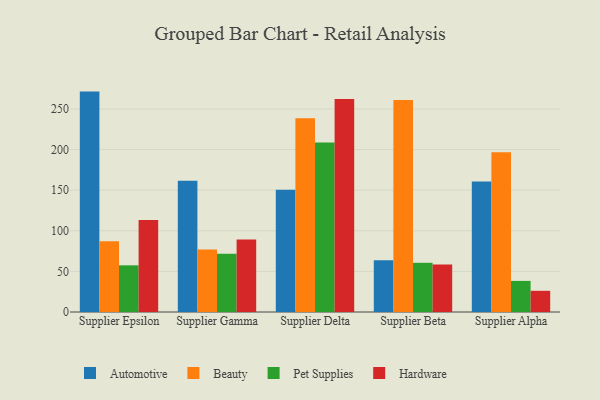
{"axis": {"x": "Supplier", "y": "Customer Acquisition Cost (USD)"}, "legend": ["Automotive", "Beauty", "Hardware", "Pet Supplies"], "data": [{"x": "Supplier Epsilon", "y": 271.4, "type": "Automotive"}, {"x": "Supplier Epsilon", "y": 87.2, "type": "Beauty"}, {"x": "Supplier Epsilon", "y": 57.5, "type": "Pet Supplies"}, {"x": "Supplier Epsilon", "y": 113.3, "type": "Hardware"}, {"x": "Supplier Gamma", "y": 161.6, "type": "Automotive"}, {"x": "Supplier Gamma", "y": 76.9, "type": "Beauty"}, {"x": "Supplier Gamma", "y": 71.6, "type": "Pet Supplies"}, {"x": "Supplier Gamma", "y": 89.4, "type": "Hardware"}, {"x": "Supplier Delta", "y": 150.5, "type": "Automotive"}, {"x": "Supplier Delta", "y": 238.5, "type": "Beauty"}, {"x": "Supplier Delta", "y": 208.8, "type": "Pet Supplies"}, {"x": "Supplier Delta", "y": 262.2, "type": "Hardware"}, {"x": "Supplier Beta", "y": 63.8, "type": "Automotive"}, {"x": "Supplier Beta", "y": 261.2, "type": "Beauty"}, {"x": "Supplier Beta", "y": 60.6, "type": "Pet Supplies"}, {"x": "Supplier Beta", "y": 58.5, "type": "Hardware"}, {"x": "Supplier Alpha", "y": 160.8, "type": "Automotive"}, {"x": "Supplier Alpha", "y": 196.8, "type": "Beauty"}, {"x": "Supplier Alpha", "y": 38.3, "type": "Pet Supplies"}, {"x": "Supplier Alpha", "y": 26.1, "type": "Hardware"}]}